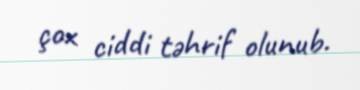
çox ciddi təhrif olunub.